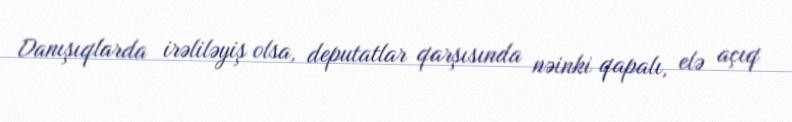
Danışıqlarda irəliləyiş olsa, deputatlar qarşısında nəinki qapalı, elə açıq